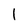
Character: 1